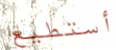
أستطيع